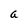
Character: a